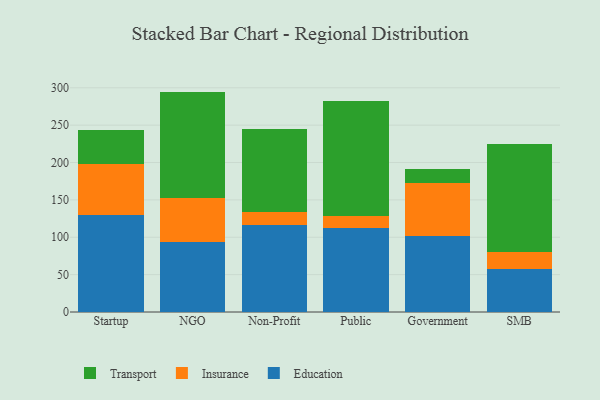
{"axis": {"x": "Segment", "y": "Latency (ms)"}, "legend": ["Education", "Insurance", "Transport"], "data": [{"x": "Startup", "y": 130.3, "type": "Education"}, {"x": "Startup", "y": 67.2, "type": "Insurance"}, {"x": "Startup", "y": 45.9, "type": "Transport"}, {"x": "NGO", "y": 94.2, "type": "Education"}, {"x": "NGO", "y": 58.1, "type": "Insurance"}, {"x": "NGO", "y": 142.6, "type": "Transport"}, {"x": "Non-Profit", "y": 116.2, "type": "Education"}, {"x": "Non-Profit", "y": 17.5, "type": "Insurance"}, {"x": "Non-Profit", "y": 110.8, "type": "Transport"}, {"x": "Public", "y": 112.2, "type": "Education"}, {"x": "Public", "y": 16.2, "type": "Insurance"}, {"x": "Public", "y": 153.4, "type": "Transport"}, {"x": "Government", "y": 101.7, "type": "Education"}, {"x": "Government", "y": 71.2, "type": "Insurance"}, {"x": "Government", "y": 18.0, "type": "Transport"}, {"x": "SMB", "y": 57.6, "type": "Education"}, {"x": "SMB", "y": 23.2, "type": "Insurance"}, {"x": "SMB", "y": 143.9, "type": "Transport"}]}